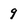
Character: 9